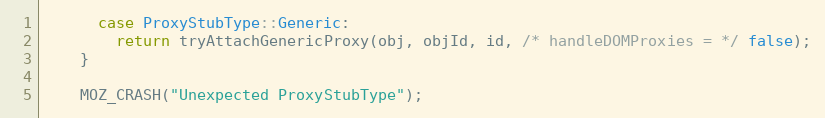
Language: C++
      case ProxyStubType::Generic:
        return tryAttachGenericProxy(obj, objId, id, /* handleDOMProxies = */ false);
    }

    MOZ_CRASH("Unexpected ProxyStubType");